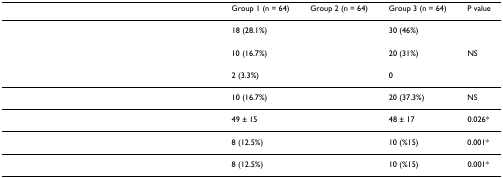
<table><thead><tr><td>[EMPTY_CELL]</td><td>[EMPTY_CELL]</td><td><b>Group 1 (n = 64)</b></td><td><b>Group 2 (n = 64)</b></td><td><b>Group 3 (n = 64)</b></td><td><b>P value</b></td></tr></thead><tbody><tr><td>[EMPTY_CELL]</td><td>[EMPTY_CELL]</td><td>18 (28.1%)</td><td>[EMPTY_CELL]</td><td>30 (46%)</td><td>[EMPTY_CELL]</td></tr><tr><td>[EMPTY_CELL]</td><td>[EMPTY_CELL]</td><td>10 (16.7%)</td><td>[EMPTY_CELL]</td><td>20 (31%)</td><td>NS</td></tr><tr><td>[EMPTY_CELL]</td><td>[EMPTY_CELL]</td><td>2 (3.3%)</td><td>[EMPTY_CELL]</td><td>0</td><td>[EMPTY_CELL]</td></tr><tr><td>[EMPTY_CELL]</td><td>[EMPTY_CELL]</td><td>10 (16.7%)</td><td>[EMPTY_CELL]</td><td>20 (37.3%)</td><td>NS</td></tr><tr><td>[EMPTY_CELL]</td><td>[EMPTY_CELL]</td><td>49 ± 15</td><td>[EMPTY_CELL]</td><td>48 ± 17</td><td>0.026*</td></tr><tr><td>[EMPTY_CELL]</td><td>[EMPTY_CELL]</td><td>8 (12.5%)</td><td>[EMPTY_CELL]</td><td>10 (%15)</td><td>0.001*</td></tr><tr><td>[EMPTY_CELL]</td><td>[EMPTY_CELL]</td><td>8 (12.5%)</td><td>[EMPTY_CELL]</td><td>10 (%15)</td><td>0.001*</td></tr></tbody></table>